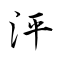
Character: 泙